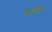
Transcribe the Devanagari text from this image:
काढविले